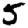
Digit: 5